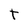
Character: t